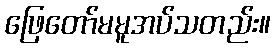
ဖြေတော်မမူအပ်သတည်း။